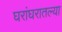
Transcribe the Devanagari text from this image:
घरांघरातल्या